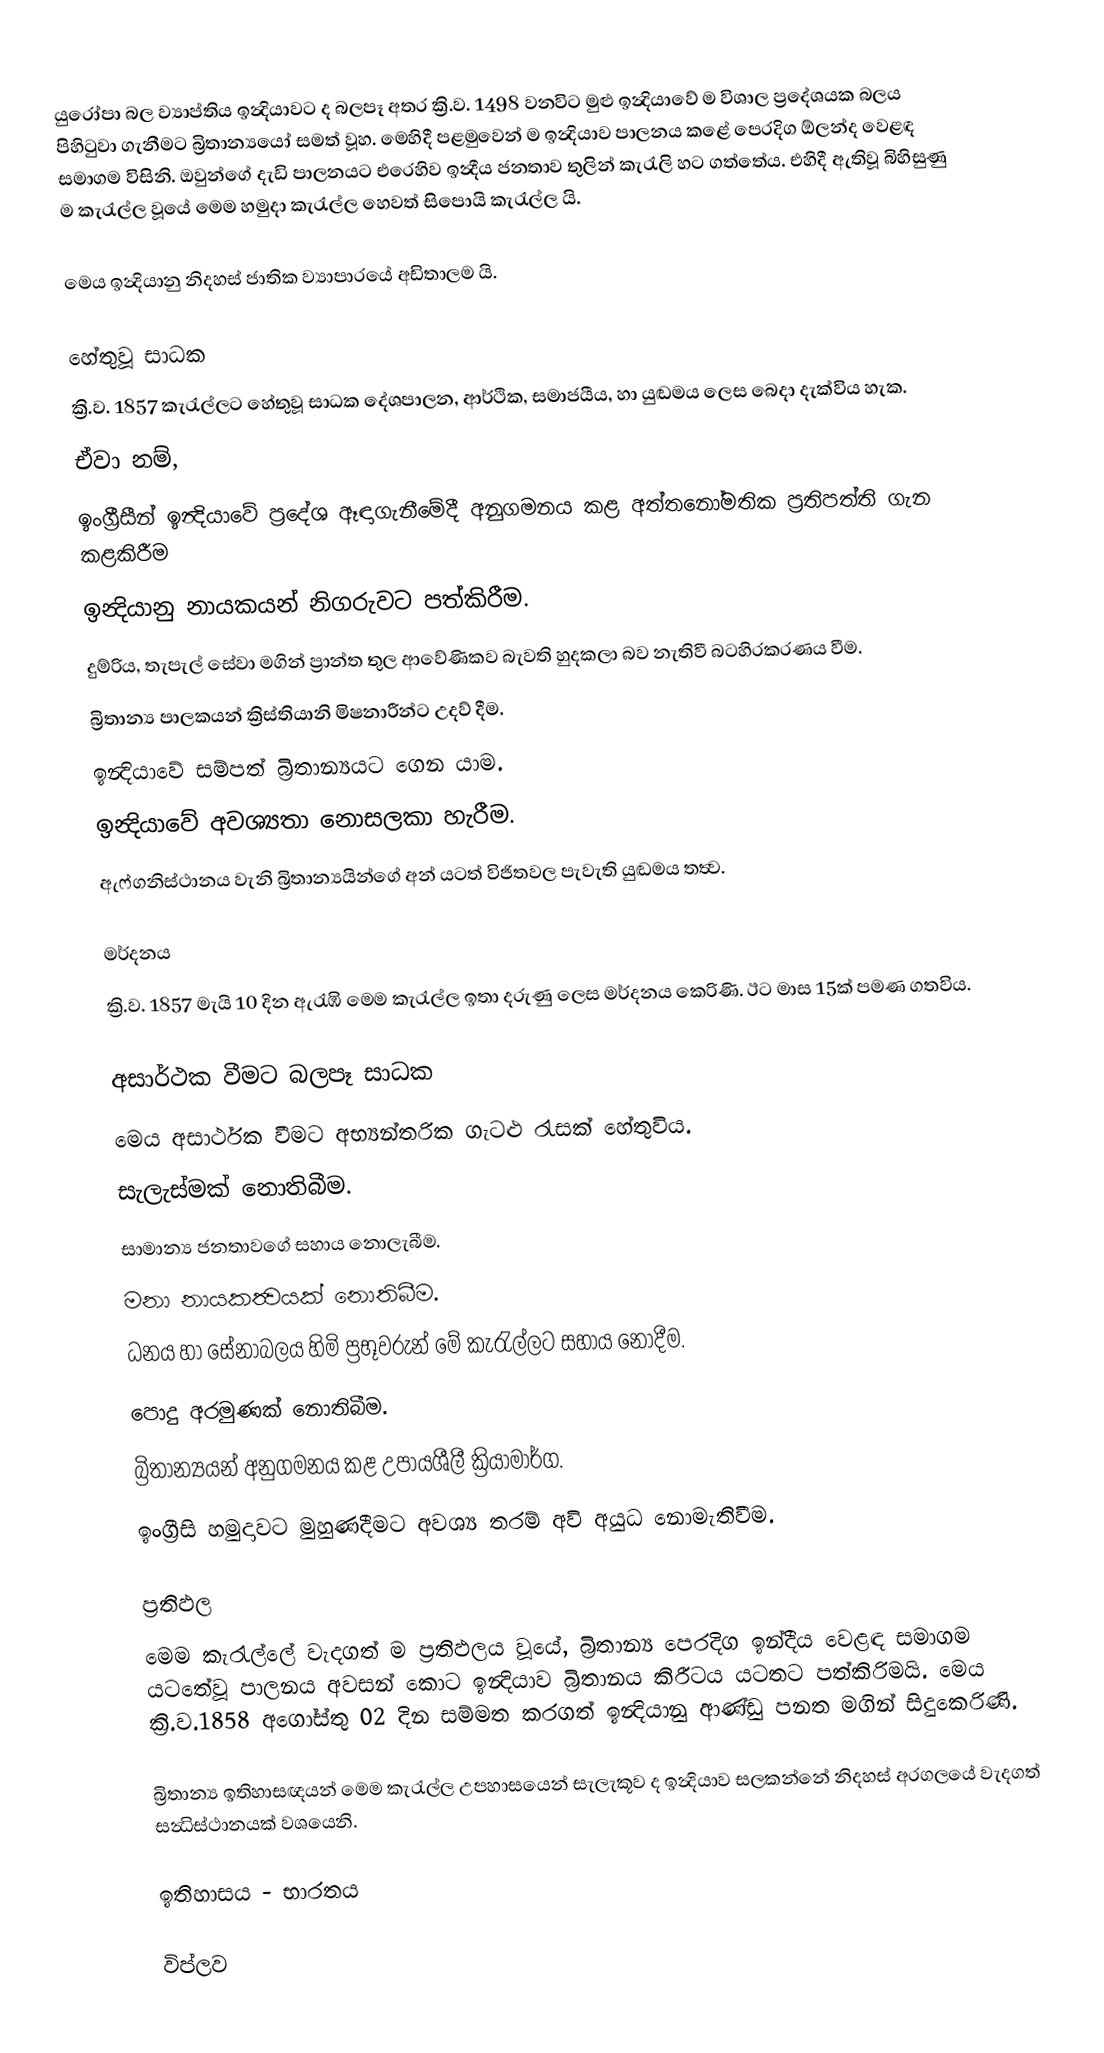
යුරෝපා බල ව්‍යාප්තිය ඉන්‍දියාවට ද බලපෑ අතර ක්‍රි.ව. 1498 වනවිට මුළු ඉන්‍දියාවේ ම විශාල ප්‍රදේශයක බලය පිහිටුවා ගැනීමට බ්‍රිතාන්‍යයෝ සමත් වූහ. මෙහිදී පළමුවෙන් ම ඉන්‍දියාව පාලනය කළේ පෙරදිග ඕලන්ද වෙළඳ සමාගම විසිනි. ඔවුන්ගේ දැඩි පාලනයට එරෙහිව ඉන්‍දීය ජනතාව තුලින් කැරැලි හට ගත්තේය. එහිදී ඇතිවූ බිහිසුණු ම කැරැල්ල වූයේ මෙම හමුදා කැරැල්ල හෙවත් සිපොයි කැරැල්ල යි.

මෙය ඉන්‍දියානු නිදහස් ජාතික ව්‍යාපාරයේ අඩිතාලම යි.

හේතුවූ සාධක
ක්‍රි.ව. 1857 කැරැල්ලට හේතුවූ සාධක දේශපාලන, ආර්ථික, සමාජයීය, හා යුඬමය ලෙස බෙදා දැක්විය හැක.
ඒවා නම්,
 ඉංග්‍රීසීන් ඉන්‍දියාවේ ප්‍රදේශ ඈඳාගැනීමේදී අනුගමනය කළ අත්තනෝමතික ප්‍රතිපත්ති ගැන කළකිරීම
 ඉන්‍දියානු නායකයන් නිගරුවට පත්කිරීම.
 දුම්රිය, තැපැල් සේවා මගින් ප්‍රාන්ත තුල ආවේණිකව බැවති හුදකලා බව නැතිවී බටහිරකරණය වීම.
 බ්‍රිතාන්‍ය පාලකයන් ක්‍රිස්තියානි මිෂනාරීන්ට උදව් දීම.
 ඉන්‍දියාවේ සම්පත් බ්‍රිතාන්‍යයට ගෙන යාම.
 ඉන්‍දියාවේ අවශ්‍යතා නොසලකා හැරීම.
 ඇෆ්ගනිස්ථානය වැනි බ්‍රිතාන්‍යයින්ගේ අන් යටත් විජිතවල පැවැති යුඬමය තත්‍ව.

මර්දනය
ක්‍රි.ව. 1857 මැයි 10 දින ඇරැඹි මෙම කැරැල්ල ඉතා දරුණු ලෙස මර්දනය කෙරිණි. ඊට මාස 15ක් පමණ ගතවිය.

අසාර්ථක වීමට බලපෑ සාධක
මෙය අසාර්ථක වීමට අභ්‍යන්තරික ගැටළු රැසක් හේතුවිය.
 සැලැස්මක් නොතිබීම.
 සාමාන්‍ය ජනතාවගේ සහාය නොලැබීම.
 මනා නායකත්‍වයක් නොතිබීම.
 ධනය හා සේනාබලය හිමි ප්‍රභූවරුන් මේ කැරැල්ලට සහාය නොදීම.
 පොදු අරමුණක් නොතිබීම.
 බ්‍රිතාන්‍යයන් අනුගමනය කළ උපායශීලී ක්‍රියාමාර්ග.
ඉංග්‍රීසි හමුදාවට මුහුණදීමට අවශ්‍ය තරම් අවි අයුධ නොමැතිවීම.

ප්‍රතිඵල
මෙම කැරැල්ලේ වැදගත් ම ප්‍රතිඵලය වූයේ, බ්‍රිතාන්‍ය පෙරදිග ඉන්දීය වෙළඳ සමාගම යටතේවූ පාලනය අවසන් කොට ඉන්‍දියාව බ්‍රිතානය කිරීටය යටතට පත්කිරිමයි. මෙය ක්‍රි.ව.1858 අගෝස්තු 02 දින සම්මත කරගත් ඉන්‍දියානු ආණ්ඩු පනත මගින් සිදුකෙරිණි.

බ්‍රිතාන්‍ය ඉතිහාසඥයන් මෙම කැරැල්ල උපහාසයෙන් සැලැකූව ද ඉන්‍දියාව සලකන්නේ නිදහස් අරගලයේ වැදගත් සන්‍ධිස්ථානයක් වශයෙනි.

ඉතිහාසය - භාරතය

විප්ලව